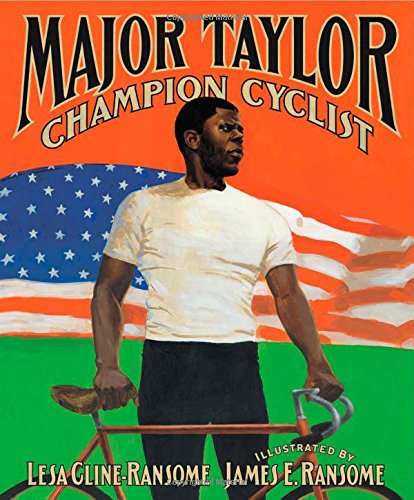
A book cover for Major Taylor, Champion Cyclist; Lesa Cline-Ransome; Children's Books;